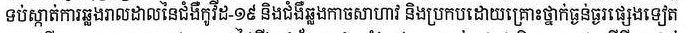
ទប់ស្កាត់ការឆ្លងរាលដាលនៃជំងឺកូវីដ-១៩ និងជំងឺឆ្លងកាចសាហាវ និងប្រកបដោយគ្រោះថ្នាក់ធ្ងន់ធ្ងរផ្សេងទៀត